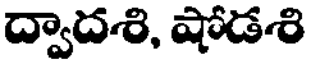
ద్వాదశి, షోడశి